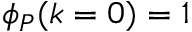
\phi _ { P } ( k = 0 ) = 1